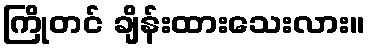
ကြိုတင် ချိန်းထားသေးလား။